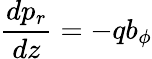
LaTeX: \displaystyle{\frac{dp_{r}}{dz}=-qb_{\phi}}